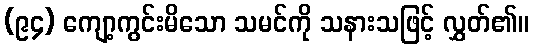
(၉၄) ကျော့ကွင်းမိသော သမင်ကို သနားသဖြင့် လွှတ်၏။